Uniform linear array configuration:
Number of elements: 4
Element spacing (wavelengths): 0.75
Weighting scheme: blackman
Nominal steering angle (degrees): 30
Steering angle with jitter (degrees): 30.311
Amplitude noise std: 0.05
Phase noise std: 0.05

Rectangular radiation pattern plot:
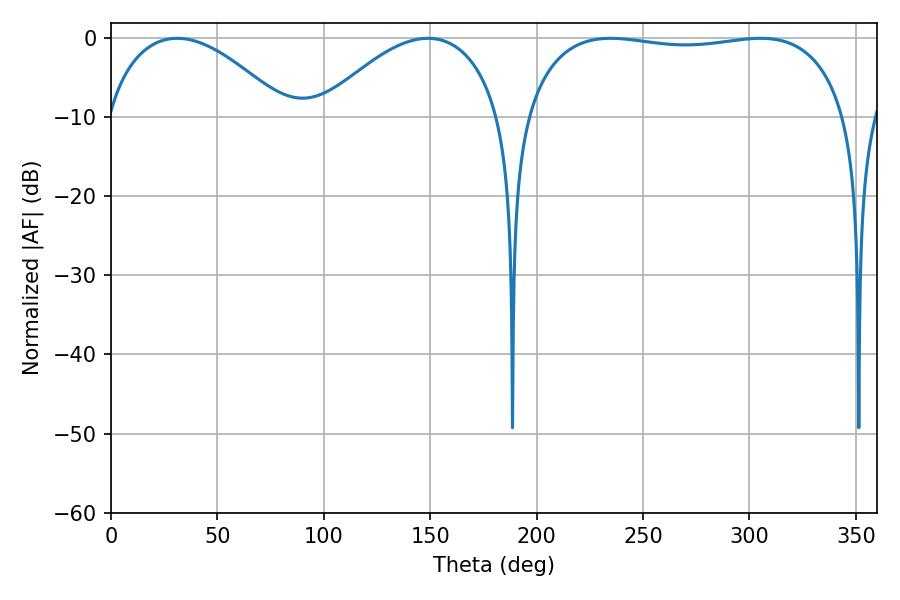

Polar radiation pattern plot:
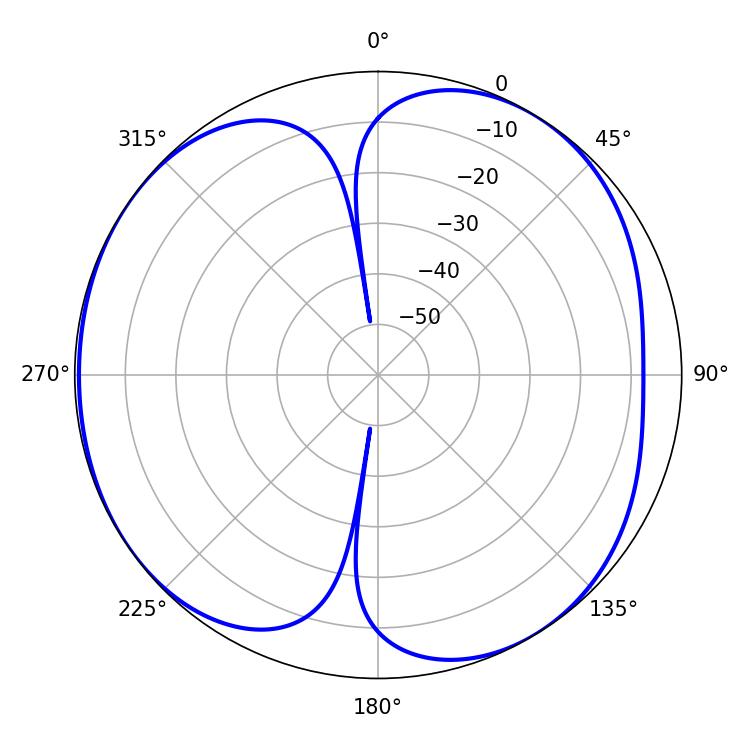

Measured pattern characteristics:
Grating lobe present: TRUE
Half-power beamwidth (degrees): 122.04
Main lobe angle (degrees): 234.72